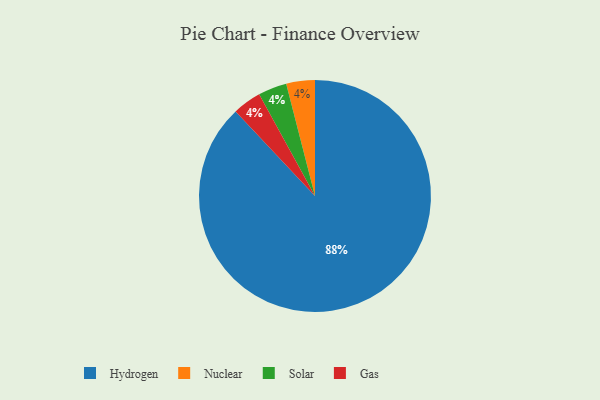
{"axis": {"x": "Category", "y": "Percentage"}, "legend": ["Gas", "Hydrogen", "Nuclear", "Solar"], "data": [{"x": "Hydrogen", "y": 88, "type": "Hydrogen"}, {"x": "Nuclear", "y": 4, "type": "Nuclear"}, {"x": "Solar", "y": 4, "type": "Solar"}, {"x": "Gas", "y": 4, "type": "Gas"}]}